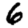
Digit: 6